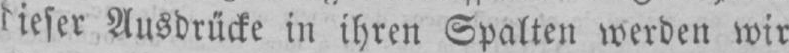
Ausdrücke in ihren Spalten werden wir